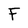
Character: F